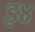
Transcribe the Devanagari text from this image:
इ४